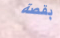
بقصة